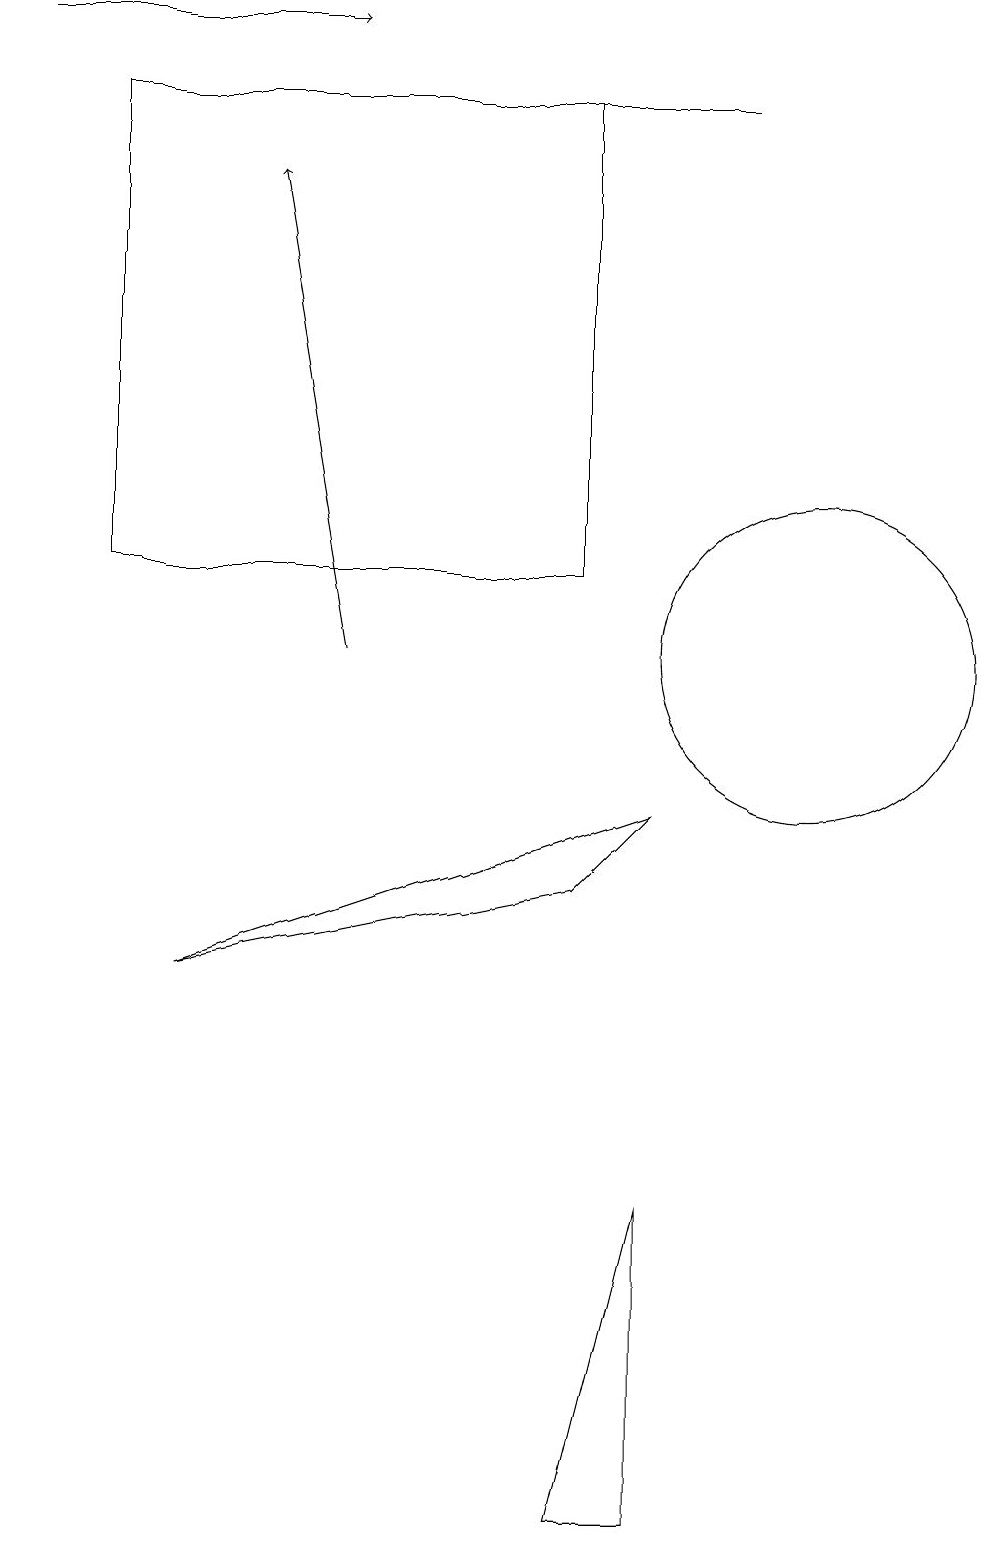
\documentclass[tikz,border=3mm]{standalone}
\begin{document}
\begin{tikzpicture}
\draw (1,18) rectangle (7,12);
\draw (10,11) circle (2);
\draw[->] (0,19) -- (4,19);
\draw (8,9) -- (7,8) -- (2,7) -- cycle;
\draw[->] (4,11) -- (3,17);
\draw (9,18) rectangle (7,18);
\draw (7,0) -- (8,4) -- (8,0) -- cycle;
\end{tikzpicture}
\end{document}